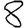
Digit: 8